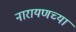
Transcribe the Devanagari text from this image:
नारायणच्या